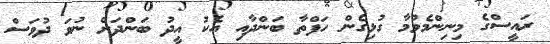
ރައީސްގެ މިނިންމެވުމާ ގުޅިގެން ހަފްތާ ބަންދާއި އެކު އީދު ބަންދަށް ނުވަ ދުވަސް